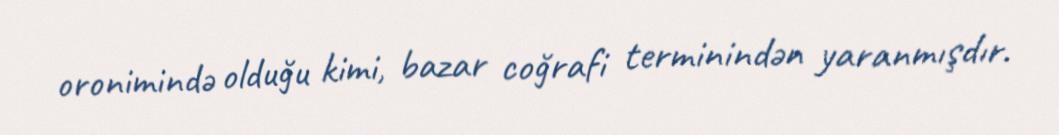
oronimində olduğu kimi, bazar coğrafi terminindən yaranmışdır.